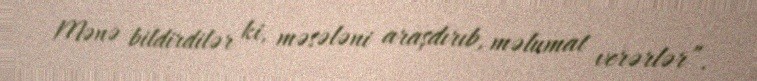
Mənə bildirdilər ki, məsələni araşdırıb, məlumat verərlər”.